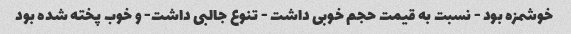
خوشمزه بود - نسبت به قیمت حجم خوبى داشت - تنوع جالبى داشت- و خوب پخته شده بود